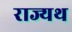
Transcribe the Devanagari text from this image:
राज्यथ